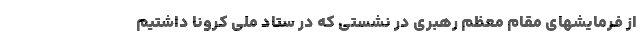
از فرمایشهای مقام معظم رهبری در نشستی که در ستاد ملی کرونا داشتیم